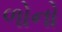
ળોનો